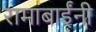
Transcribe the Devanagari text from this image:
रामाबाईंनी